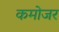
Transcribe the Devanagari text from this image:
कमोजर